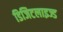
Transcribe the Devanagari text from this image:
डिजिटलाइज्ड